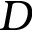
D